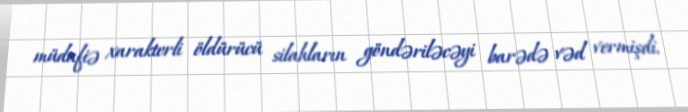
müdafiə xarakterli öldürücü silahların göndəriləcəyi barədə vəd vermişdi.